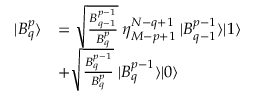
\begin{array} { r l } { | B _ { q } ^ { p } \rangle } & { = \sqrt { \frac { B _ { q - 1 } ^ { p - 1 } } { B _ { q } ^ { p } } } \: \eta _ { M - p + 1 } ^ { N - q + 1 } \: | B _ { q - 1 } ^ { p - 1 } \rangle | 1 \rangle } \\ & { + \sqrt { \frac { B _ { q } ^ { p - 1 } } { B _ { q } ^ { p } } } \: | B _ { q } ^ { p - 1 } \rangle | 0 \rangle } \end{array}